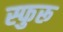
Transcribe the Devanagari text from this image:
स्फुरू